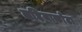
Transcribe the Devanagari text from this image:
लड़ियाकाँटा